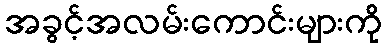
အခွင့်အလမ်းကောင်းများကို